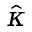
\hat { \kappa }